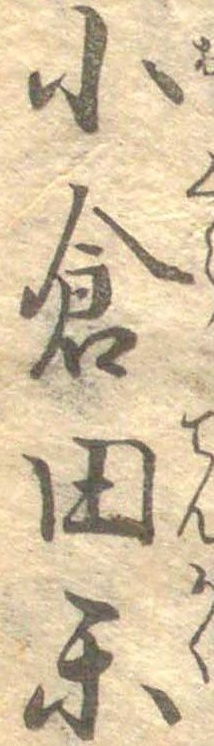
小倉田楽